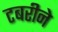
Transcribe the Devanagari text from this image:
टबरीने